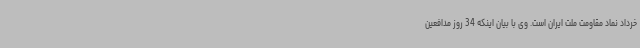
خرداد نماد مقاومت ملت ایران است. وی با بیان اینکه 34 روز مدافعین